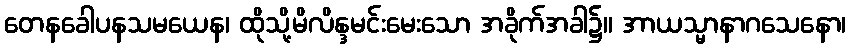
တေနခေါပနသမယေန၊ ထိုသို့မိလိန္ဒမင်းမေးသော အခိုက်အခါ၌။ အာယသ္မာနာဂသေနော၊